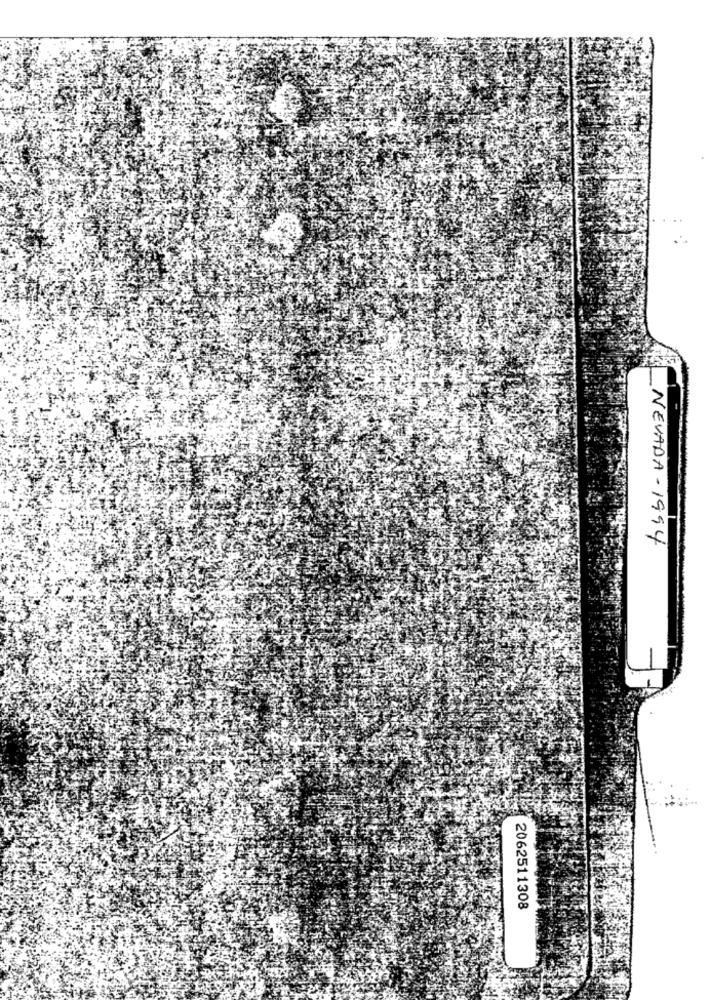
NEVADA -1994
2062511308